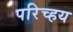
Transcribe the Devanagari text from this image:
परिच्हय